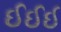
ઈઈઈ